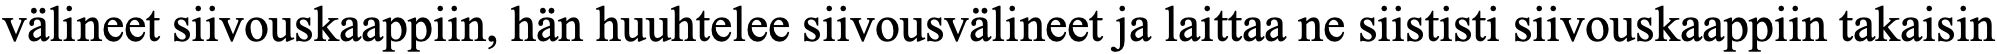
välineet siivouskaappiin, hän huuhtelee siivousvälineet ja laittaa ne siististi siivouskaappiin takaisin